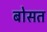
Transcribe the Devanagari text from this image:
बोसत